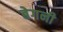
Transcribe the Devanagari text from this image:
बेगनी